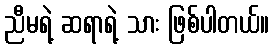
ညီမရဲ့ ဆရာရဲ့ သား ဖြစ်ပါတယ်။